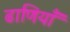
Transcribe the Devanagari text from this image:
ढाणियाँ